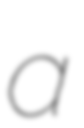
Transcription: a